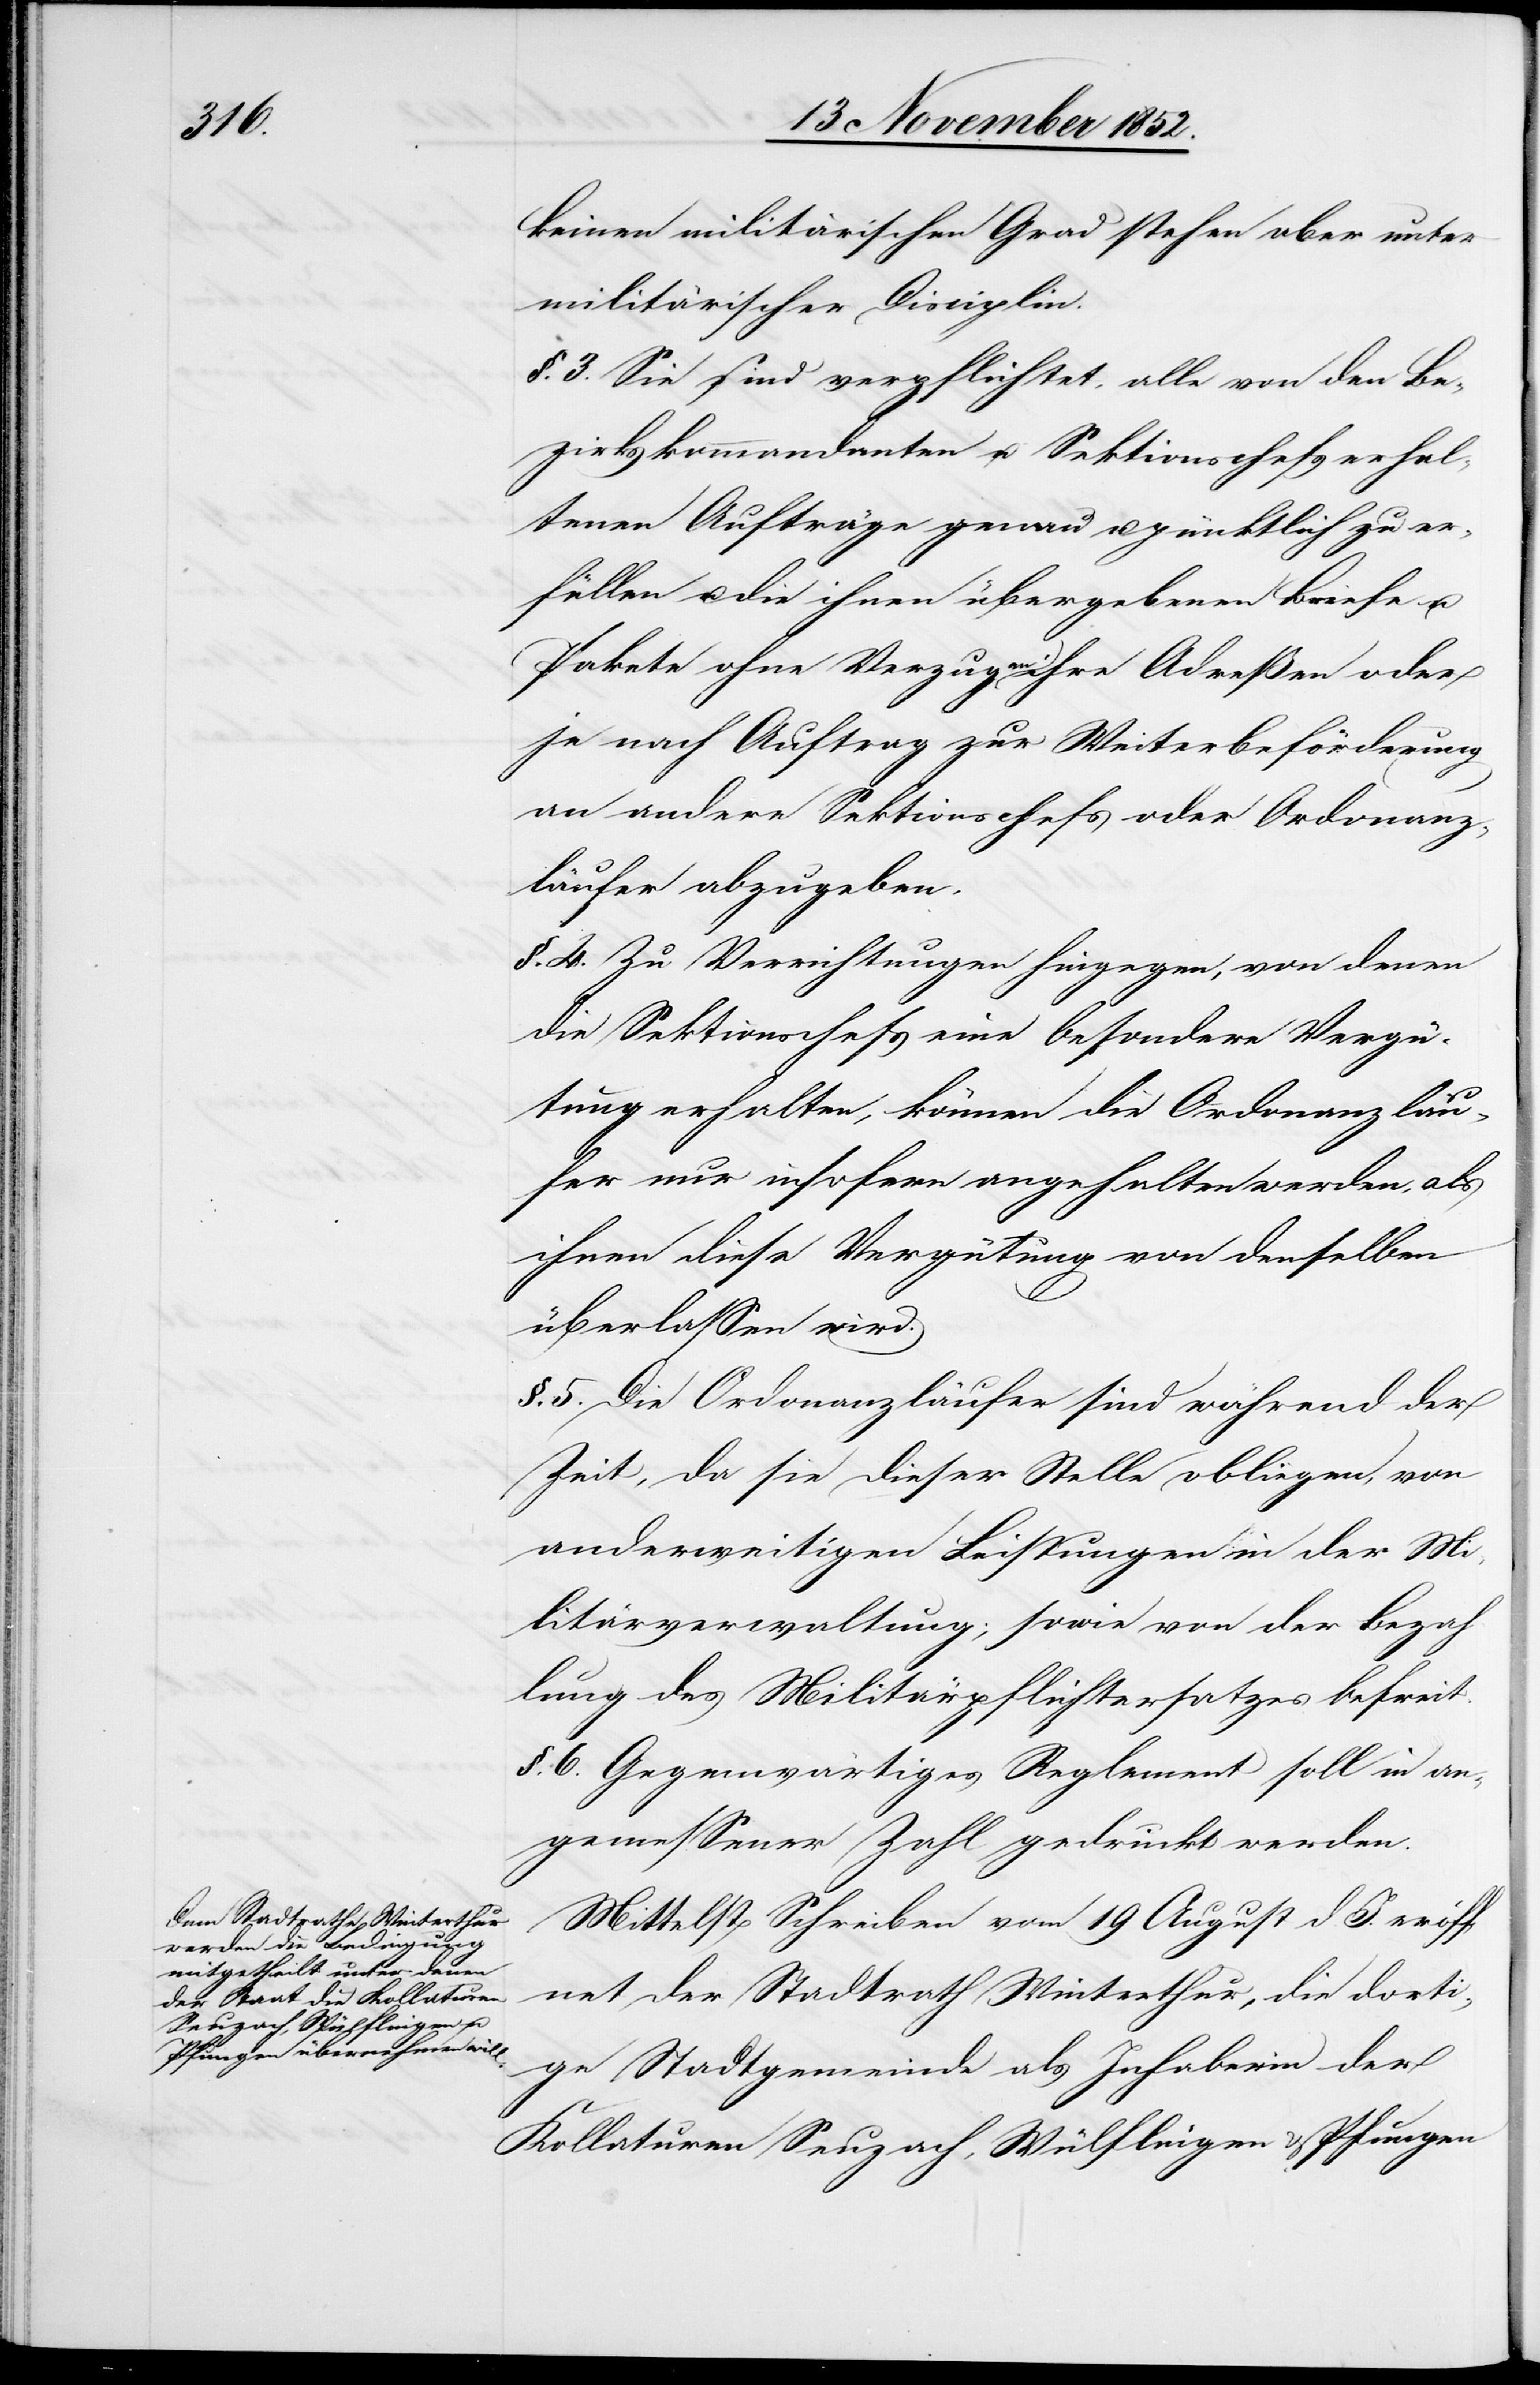
keinen militärischen Grad stehen aber unter
militärischer Disciplin.
§. 3. Sie sind verpflichtet, alle von den Be¬
zirkskommandanten u. Sektionschefs erhal¬
tenen Aufträge genau u. pünktlich zu er¬
füllen u. die ihnen übergebenen Briefe u.
Pakete ohne Verzug an ihre Adreßen oder
je nach Auftrag zur Weiterbeförderung
an andere Sektionschefs oder Ordonanz¬
läufer abzugeben.
§. 4. Zu Verrichtungen hingegen, von denen
die Sektionschefs eine besondere Vergü¬
tung erhalten, können die Ordonanzläu¬
fer nur insofern angehalten werden, als
ihnen diese Vergütung von denselben
überlassen wird.
§. 5. Die Ordonanzläufer sind während der
Zeit, da sie dieser Stelle obliegen, von
anderweitigen Leistungen in der Mi¬
litärverwaltung; sowie von der Bezah¬
lung des Militärpflichtersatzes befreit.
§. 6. Gegenwärtiges Reglement soll in an¬
gemessener Zahl gedruckt werden.
Mittelst Schreiben vom 19 August d. J. eröf¬
fnet der Stadtrath Winterthur, die dort¬
ige Stadtgemeinde als Inhaberin der
Kollaturen Seuzach, Wülflingen & Pfungen